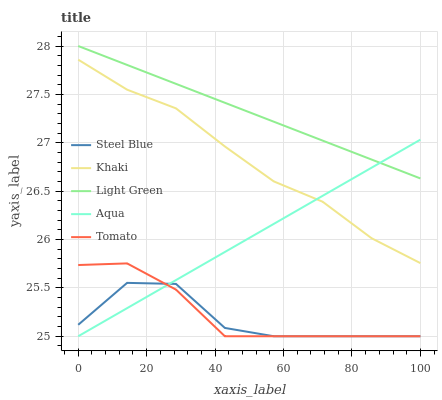
| xaxis_label | Steel Blue | Khaki | Light Green | Aqua | Tomato |
 | --- | --- | --- | --- | --- | --- |
 | 0 | 25.1 | 27.9 | 28 | 25 | 25.7 |
 | 14.3 | 25.6 | 27.5 | 27.8 | 25.3 | 25.8 |
 | 28.6 | 25.5 | 27.4 | 27.6 | 25.6 | 25.5 |
 | 42.9 | 25.1 | 27 | 27.4 | 25.9 | 25 |
 | 57.1 | 25 | 26.6 | 27.2 | 26.2 | 25 |
 | 71.4 | 25 | 26.4 | 27 | 26.5 | 25 |
 | 85.7 | 25 | 26 | 26.8 | 26.7 | 25 |
 | 100 | 25 | 25.8 | 26.6 | 27 | 25 |